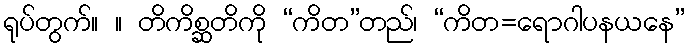
ရုပ်တွက်။ ။ တိကိစ္ဆတိကို “ကိတ”တည်၊ “ကိတ=ရောဂါပနယနေ”